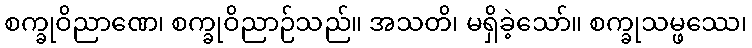
စက္ခုဝိညာဏေ၊ စက္ခုဝိညာဉ်သည်။ အသတိ၊ မရှိခဲ့သော်။ စက္ခုသမ္ဖဿေ၊